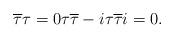
LaTeX: \begin{align*}\overline{\tau}\tau=0 {\tau} {\overline{\tau}}-i {\tau} {\overline{\tau}}i =0.\end{align*}